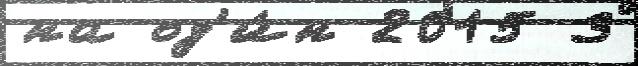
на од'и́н 2015 3